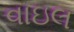
વાઇલ